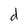
Character: d